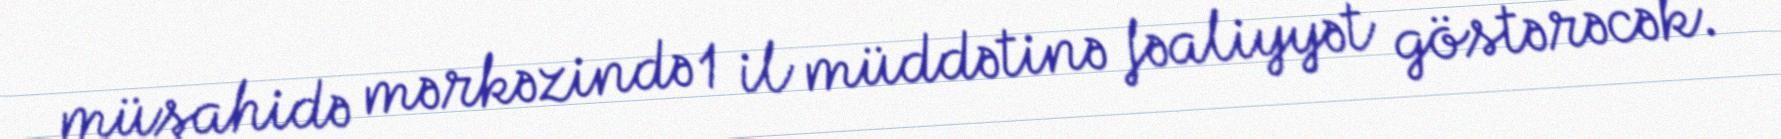
müşahidə mərkəzində 1 il müddətinə fəaliyyət göstərəcək.